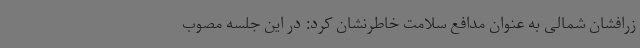
زرافشان شمالی به عنوان مدافع سلامت خاطرنشان کرد: در این جلسه مصوب